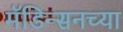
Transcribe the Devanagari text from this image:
मॅडिन्सनच्या